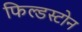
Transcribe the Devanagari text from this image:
फिल्डस्टोन